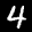
Label: 4